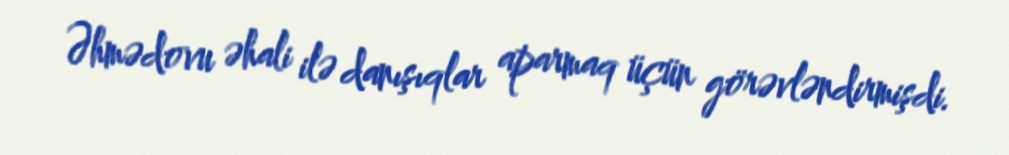
Əhmədovu əhali ilə danışıqlar aparmaq üçün görəvləndirmişdi.